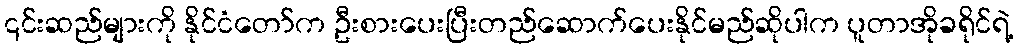
၎င်းဆည်များကို နိုင်ငံတော်က ဦးစားပေးပြီးတည်ဆောက်ပေးနိုင်မည်ဆိုပါက ပူတာအိုခရိုင်ရဲ့